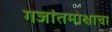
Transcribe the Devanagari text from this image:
गजांतमोक्षाचा